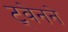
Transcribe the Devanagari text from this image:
ट्वेनने